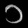
Digit: ၁